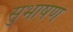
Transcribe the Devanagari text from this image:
सुभाषण